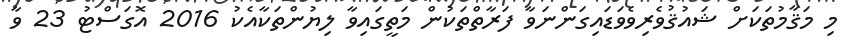
މި މަޤާމުތަކަށް ޝައުޤުވެރިވެވަޑައިގަންނަވާ ފަރާތްތަކުން މަތީގައިވާ ލިޔުންތަކާއެކު 2016 އޮގަސްޓު 23 ވާ